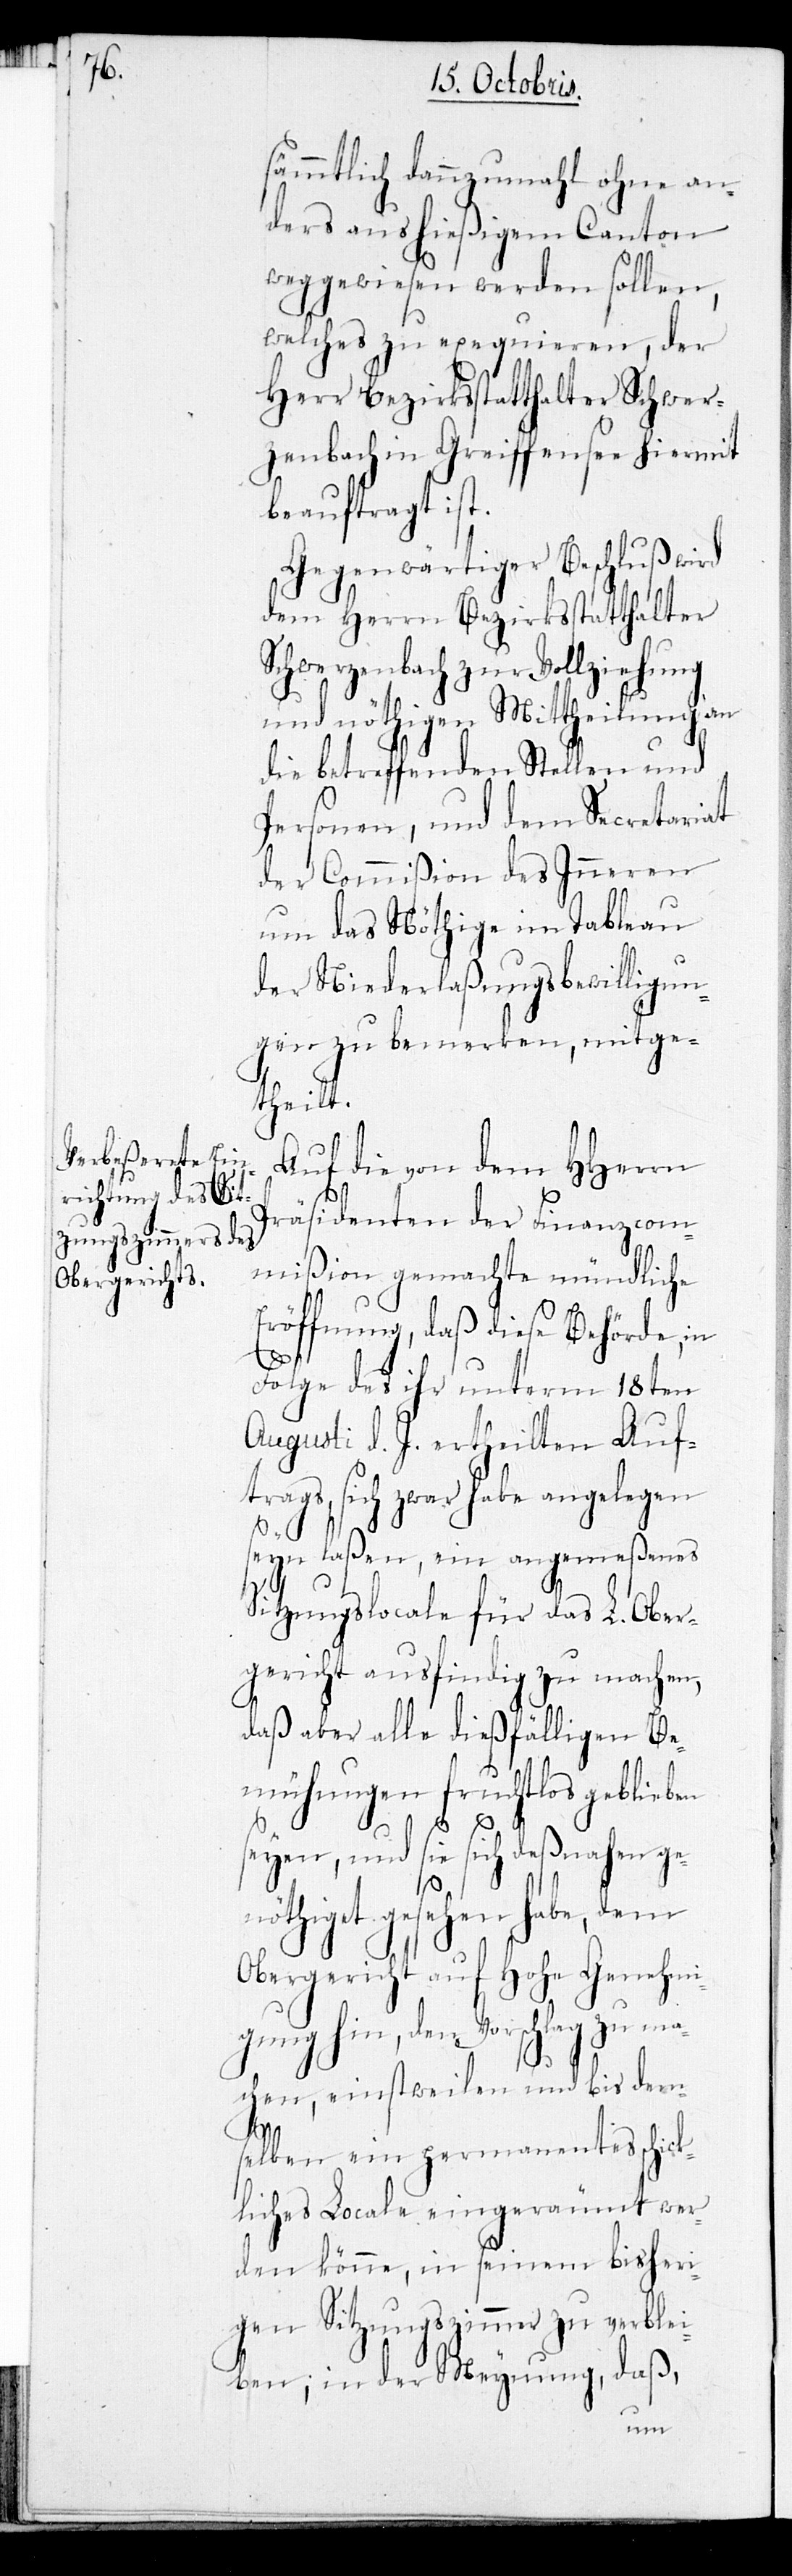
sämmtlich dannzumahl ohne an¬
ders aus hießigem Canton
weggewiesen werden sollen,
welches zu exequieren, der
Herr Bezirksstatthalter Schwer¬
zenbach in Greiffensee hiermit
beauftragt ist.
Gegenwärtiger Beschluß wird
dem Herrn Bezirksstatthalter
Schwerzenbach zur Vollziehung
und nöthigen Mittheilung an
die betreffenden Stellen und
Personen, und dem Secretariat
der Commißion des Inneren
um das Nötige im Tableau
der Niederlaßungsbewilligun¬
gen zu bemerken, mitge¬
theilt.
Auf die von dem HHerrn
Präsidenten der Finanzcom¬
mißion gemachte mündliche
Eröffnung, daß diese Behörde, in
Folge des ihr unterm 18ten
Augusti d. J. ertheilten Auf¬
trags, sich zwar habe angelegen
seyn laßen, ein angemeßenes
Sitzungslocale für das L. Ober¬
gericht ausfindig zu machen,
daß aber alle dießfälligen Be¬
mühungen fruchtlos geblieben
seyen, und sie sich deßnahen ge¬
nöthiget gesehen habe, dem
Obergericht auf Hohe Genehmi¬
gung hin, den Vorschlag zu ma¬
chen, einstweilen und bis dem¬
selben ein permanentes schick¬
liches Locale eingeräumt wer¬
den könne, in seinem bisheri¬
gen Sitzungszimmer zu verblei¬
ben; in der Meynung, daß,